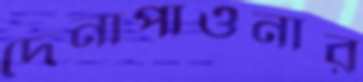
দেনাপাওনার